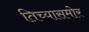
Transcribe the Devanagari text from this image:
तिच्यासमोर